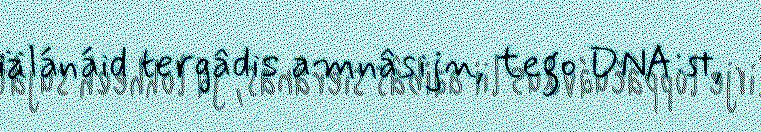
iälánáid tergâdis amnâsijn, tego DNA:st,